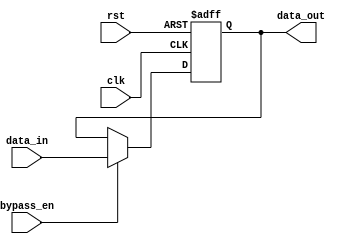
module simple_bypass_register (
    input wire clk,
    input wire rst,
    input wire bypass_en,
    input wire [DATA_WIDTH-1:0] data_in,
    output wire [DATA_WIDTH-1:0] data_out
);

parameter DATA_WIDTH = 8;

reg [DATA_WIDTH-1:0] data_reg;

always @(posedge clk or posedge rst) begin
    if (rst) begin
        data_reg <= 0;
    end else begin
        if (bypass_en) begin
            data_reg <= data_in;
        end
    end
end

assign data_out = data_reg;

endmodule